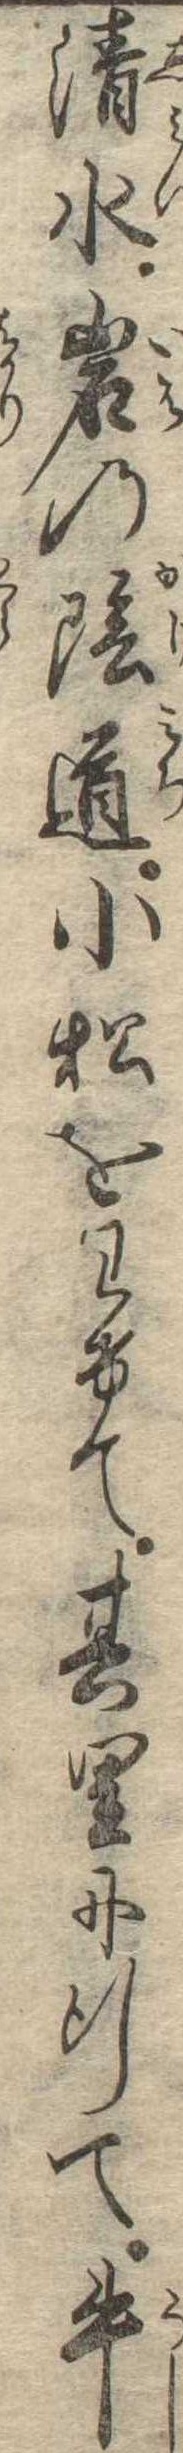
清水岩の陰道小松をわけて其里に行て牛